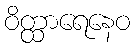
ဝိတ္ထာရေနေဝ